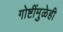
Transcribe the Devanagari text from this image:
गोष्टींमुळेही